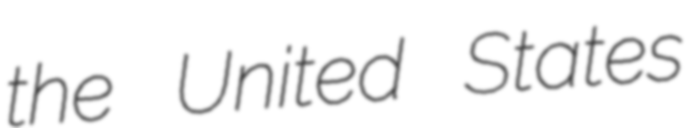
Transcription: the United States